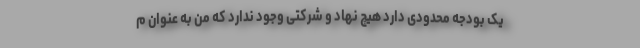
یک بودجه محدودی دارد هیچ نهاد و شرکتی وجود ندارد که من به عنوان م